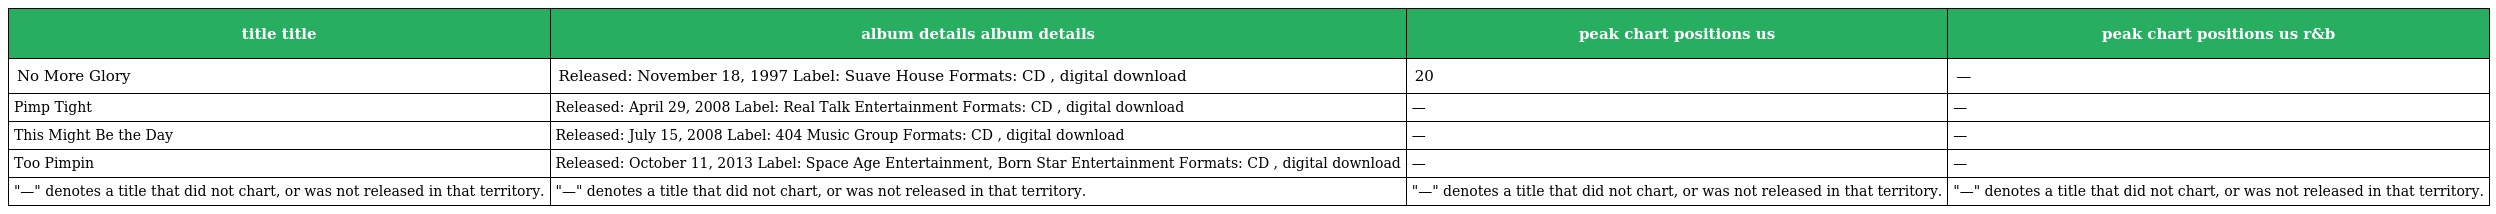
| title title | album details album details | peak chart positions us | peak chart positions us r&b |
 | --- | --- | --- | --- |
 | No More Glory | Released: November 18, 1997 Label: Suave House Formats: CD , digital download | 20 | — |
 | Pimp Tight | Released: April 29, 2008 Label: Real Talk Entertainment Formats: CD , digital download | — | — |
 | This Might Be the Day | Released: July 15, 2008 Label: 404 Music Group Formats: CD , digital download | — | — |
 | Too Pimpin | Released: October 11, 2013 Label: Space Age Entertainment, Born Star Entertainment Formats: CD , digital download | — | — |
 | "—" denotes a title that did not chart, or was not released in that territory. | "—" denotes a title that did not chart, or was not released in that territory. | "—" denotes a title that did not chart, or was not released in that territory. | "—" denotes a title that did not chart, or was not released in that territory. |